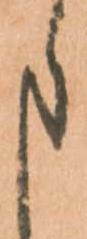
申